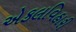
એકલવિહારી